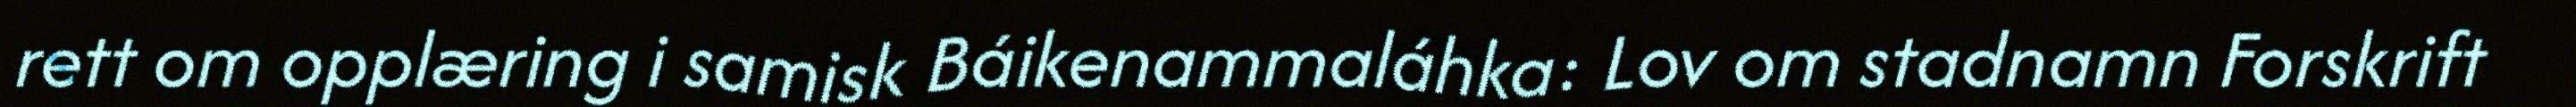
rett om opplæring i samisk Báikenammaláhka: Lov om stadnamn Forskrift